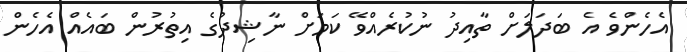
އެހެންވެ އެ ބަދަލަށް ތާއިދު ނުކުރެއްވޭ ކަމަށް ނާޝިދުގެ އިތުރުން ބައެއް އެހެން